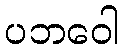
ပဘဝေါ